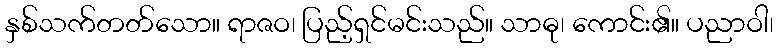
နှစ်သက်တတ်သော။ ရာဇဝ၊ ပြည့်ရှင်မင်းသည်။ သာဓု၊ ကောင်း၏။ ပညာဝါ၊